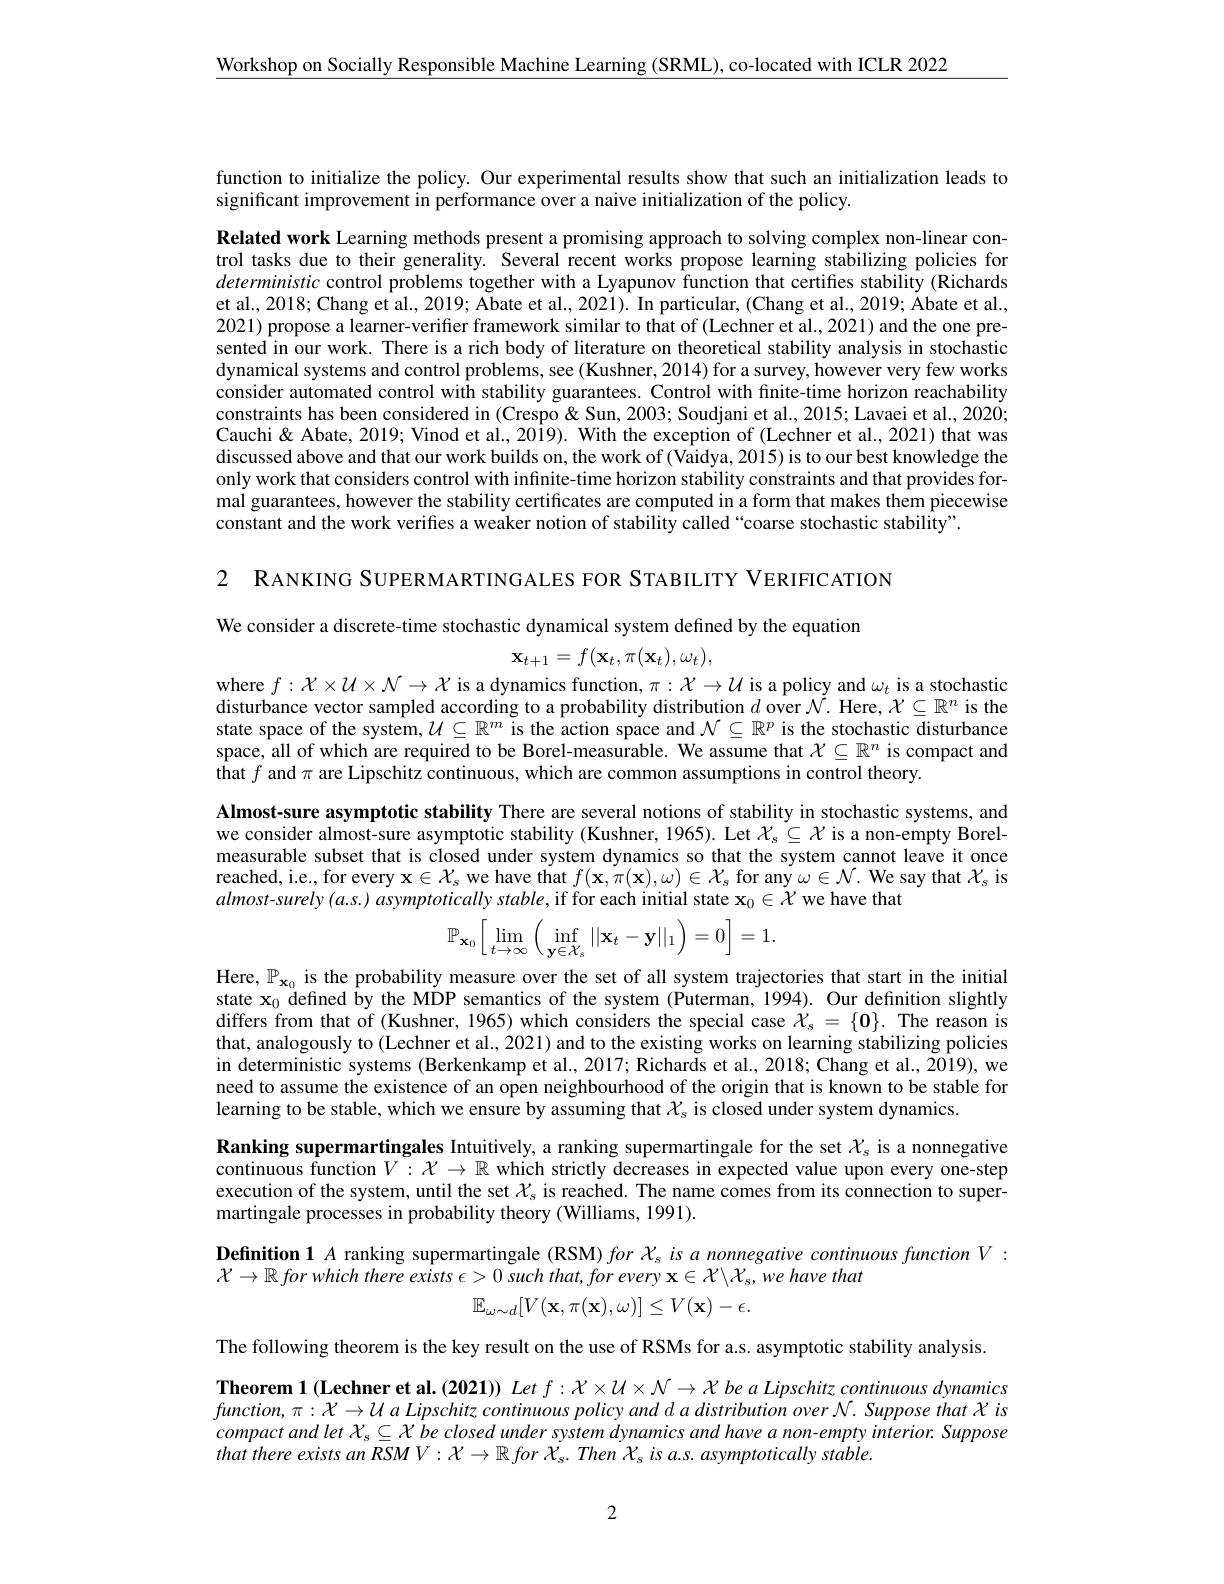
$\underline{\text{Workshop on Socially Responsible Machine Learning (SRML),co-located with ICLR 2022}}$

function to initialize the policy. Our experimental results show that such an initialization leads to
significant improvement in performance over a naive initialization of the policy.

Related work Learning methods present a promising approach to solving complex non-linear control tasks due to their generality. Several recent works propose learning stabilizing policies for deterministic control problems together with a Lyapunov function that certifies stability (Richards et al., 2018; Chang et al., 2019; Abate et al., 2021). In particular, (Chang et al., 2019; Abate et al., 2021) propose a learner-verifier framework similar to that of (Lechner et al., 2021) and the one presented in our work. There is a rich body of literature on theoretical stability analysis in stochastic dynamical systems and control problems, see (Kushner, 2014) for a survey, however very few works consider automated control with stability guarantees. Control with finite-time horizon reachability constraints has been considered in (Crespo& Sun, 2003; Soudjani et al., 2015; Lavaei et al., 2020; Cauchi & Abate, 2019; Vinod et al., 2019). With the exception of (Lechner et al., 2021) that was discussed above and that our work builds on, the work of (Vaidya, 2015) is to our best knowledge the only work that considers control with infinite-time horizon stability constraints and that provides formal guarantees, however the stability certificates are computed in a form that makes them piecewise constant and the work verifies a weaker notion of stability called “coarse stochastic stability”.

2 RANKING SUPERMARTINGALES FOR STABILITY VERIFICATION

We consider a discrete-time stochastic dynamical system defined by the equation
$$\mathbf{x}_{t+1}=f(\mathbf{x}_t,\pi(\mathbf{x}_t),\omega_t),$$
where $f:\mathcal{X}\times\mathcal{U}\times\mathcal{N}\to\mathcal{X}$ is a dynamics function, $\pi:\mathcal{X}\to\mathcal{U}$ is a policy and $\omega_t$ is a stochastic disturbance vector sampled according to a probability distribution $\hat{d\text{over}\mathcal{N}}.$ Here, $\mathcal{X}\subseteq\mathbb{R}^n$ is the state space of the system, $\mathcal{U}\subseteq\mathbb{R}^m$ is the action space and $\mathcal{N}\subseteq\mathbb{R}^p$ is the stochastic disturbance space, all of which are required to be Borel-measurable. We assume that $\mathcal{X}\subseteq\mathbb{R}^n$ is compact and $\bar{\textbf{that }f\text{ and }\pi\text{ are Lipschitz continuous, which are common assumptions in control theory.}}$

Almost-sure asymptotic stability There are several notions of stability in stochastic systems, and we consider almost-sure asymptotic stability (Kushner, 1965). Let $\mathcal{X}_s\subseteq\mathcal{X}$ is a non-empty Borelmeasurable subset that is closed under system dynamics so that the system cannot leave it once reached, i.e., for every $\mathbf{x}\in\mathcal{X}_s$ we have that $f(\mathbf{x},\dot{\pi}(\mathbf{x}),\omega)\in\mathcal{X}_s$ for any $\omega\in\mathcal{N}.$ We say that $\mathcal{X}_s$ is $almost-surely(a.s.)asymptoticallystable$,if for each initial state $\mathbf{x}_0\in\dot{\mathcal{X}}$ we have that
$$\mathbb{P}_{\mathbf{x}_0}\bigg[\lim\limits_{t\to\infty}\bigg(\inf\limits_{\mathbf{y}\in\mathcal{X}_s}||\mathbf{x}_t-\mathbf{y}||_1\bigg)=0\bigg]=1.$$
Here, $\mathbb{P}_\mathbf{x}_0$ is the probability measure over the set of all system trajectories that start in the initial state $\mathbf{x}_0$ defined by the MDP semantics of the system (Puterman, 1994). Our definition slightly differs from that of (Kushner, 1965) which considers the special case $\mathcal{X}_s=\{\mathbf{0}\}.$ The reason is that, analogously to (Lechner et al., 2021) and to the existing works on learning stabilizing policies in deterministic systems (Berkenkamp et al., 2017; Richards et al., 2018; Chang et al., 2019), we need to assume the existence of an open neighbourhood of the origin that is known to be stable for learning to be stable, which we ensure by assuming that $\mathcal{X}_\mathrm{s}$ is closed under system dynamics.
Ranking supermartingales Intuitively, a ranking supermartingale for the set $\chi_\mathrm{s}$ is a nonnegative continuous function $V:\mathcal{X}\to\mathbb{R}$ which strictly decreases in expected value upon every one-step execution of the system, until the set $\chi_s$ is reached. The name comes from its connection to supermartingale processes in probability theory (Williams, 1991).

$\textbf{Definition 1 }A$ ranking supermartingale (RSM) $forX_sisa$ nonnegative continuous function $V:$
$\mathcal{X} \to \mathbb{R} \textit{for which there exists }\epsilon > 0\textit{ such that, for every }\mathbf{x} \in \mathcal{X} \backslash \mathcal{X} _{s}, we\textit{have that}$
$$\mathbb{E}_{\omega\sim d}[V(\mathbf{x},\pi(\mathbf{x}),\omega)]\leq V(\mathbf{x})-\epsilon.$$
The following theorem is the key result on the use of RSMs for a.s. asymptotic stability analysis.
Theorem 1 (Lechner et al. (2021)) Let $f:\mathcal{X}\times\mathcal{U}\times\mathcal{N}\to\mathcal{X}$ be a Lipschitz continuous dynamics $function,\pi:\mathcal{X}\to\mathcal{U}a$ Lipschitz continuous policy and d a distribution over N. Suppose that $\chi$ is $compactandletX_s\subseteq X$ be closed under system dynamics and have a non-empty interior. Suppose that there exists an RSM $V: \mathcal{X} \to \mathbb{R} \textit{for X}_{s}.$ Then $\mathcal{X}_s$ is a.s. asymptotically stable.

2